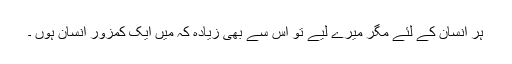
ہر انسان کے لئے مگر میرے لیے تو اس سے بھی زیادہ کہ میں ایک کمزور انسان ہوں ۔